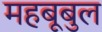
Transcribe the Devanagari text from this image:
महबूबुल